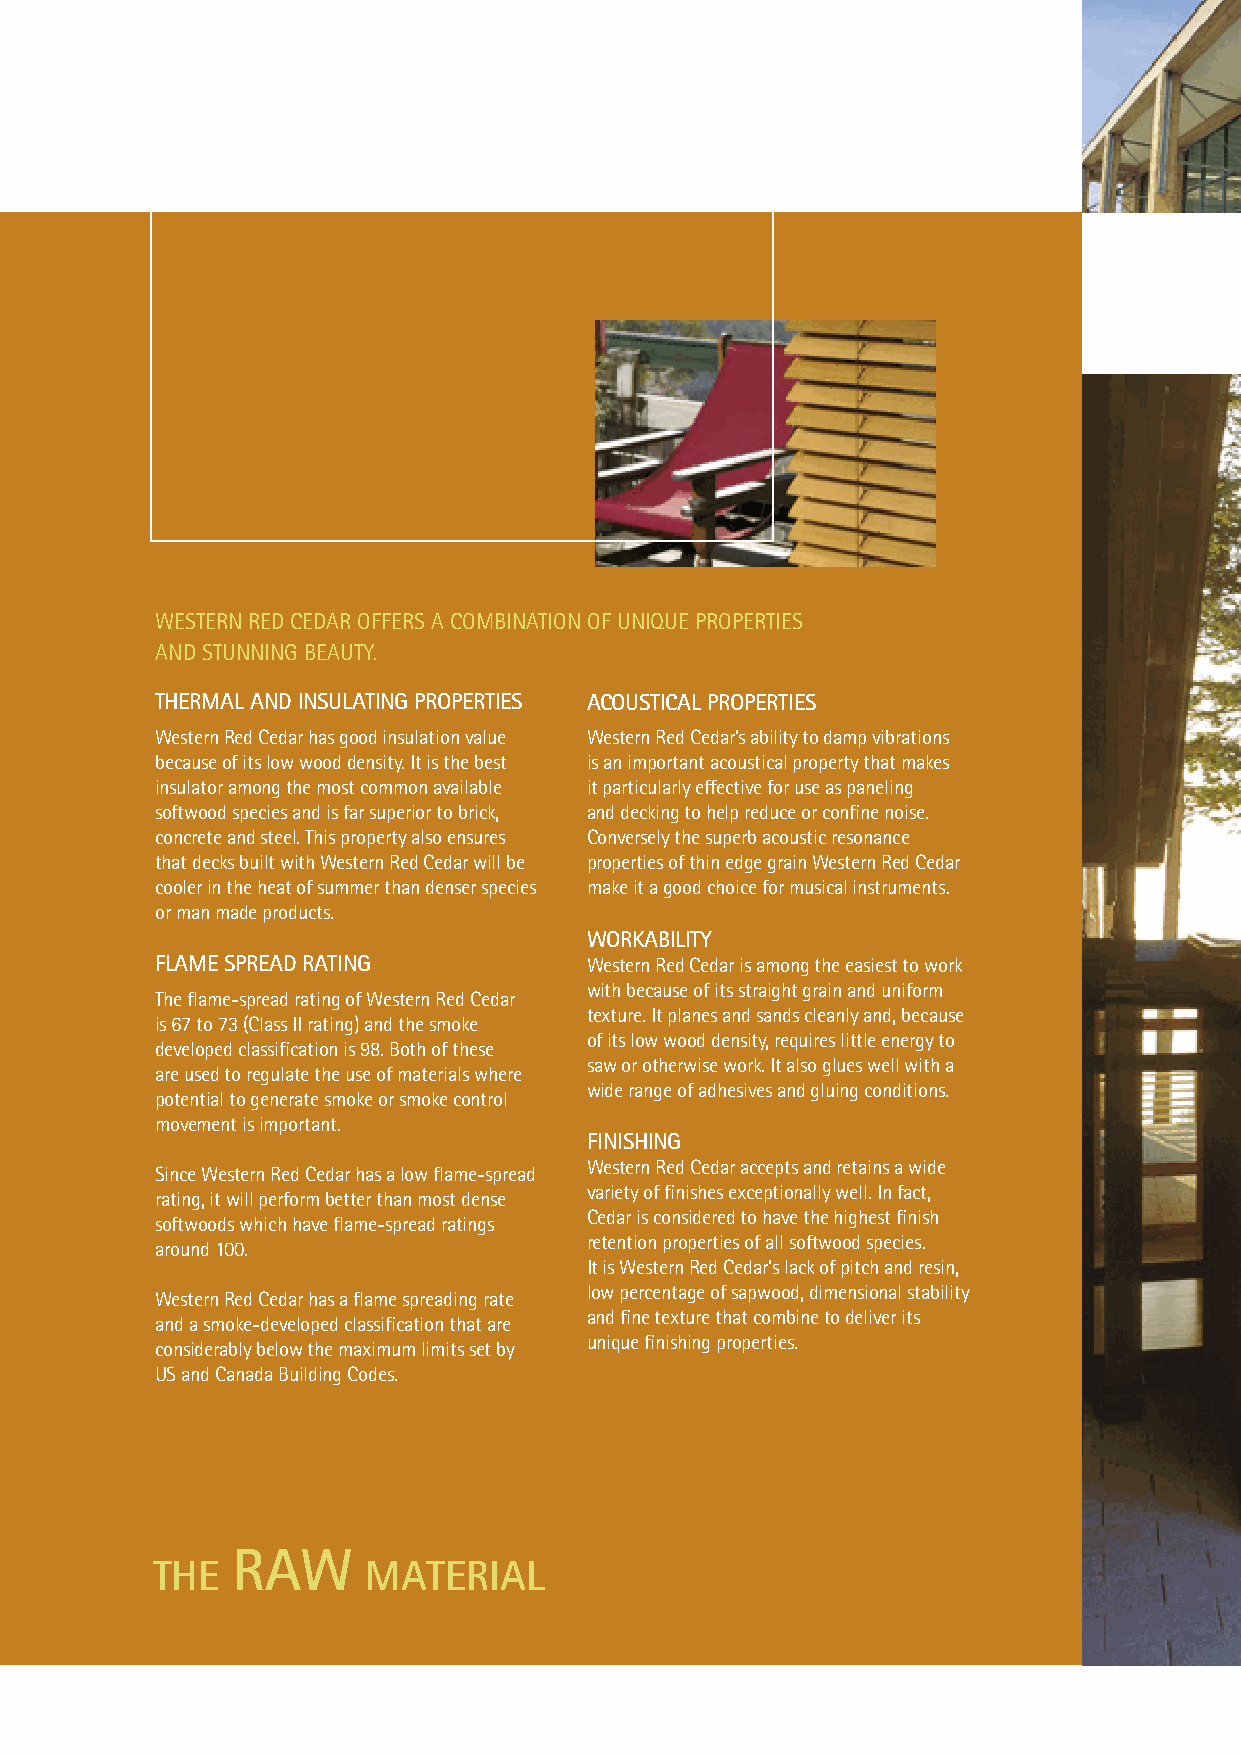
WESTERN RED CEDAR OFFERS A COMBINATION OF UNIQUE PROPERTIES
 AND STUNNING BEAUTY.
 THERMAL AND INSULATING PROPERTIES ACOUSTICAL PROPERTIES
 Western Red Cedar has good insulation value Western Red Cedar’s ability to damp vibrations
 because of its low wood density. It is the best is an important acoustical property that makes
 insulator among the most common available it particularly effective for use as paneling
 softwood species and is far superior to brick, and decking to help reduce or confine noise.
 concrete and steel. This property also ensures Conversely the superb acoustic resonance
 that decks built with Western Red Cedar will be properties of thin edge grain Western Red Cedar
 cooler in the heat of summer than denser species make it a good choice for musical instruments.
 or man made products.
 WORKABILITY
 FLAME SPREAD RATING          Western Red Cedar is among the easiest to work
 with because of its straight grain and uniform
 The flame-spread rating of Western Red Cedar
 texture. It planes and sands cleanly and, because
 is 67 to 73 (Class II rating) and the smoke
 of its low wood density, requires little energy to
 developed classification is 98. Both of these
 saw or otherwise work. It also glues well with a
 are used to regulate the use of materials where
 wide range of adhesives and gluing conditions.
 potential to generate smoke or smoke control
 movement is important.
 FINISHING
 Western Red Cedar accepts and retains a wide
 Since Western Red Cedar has a low flame-spread
 variety of finishes exceptionally well. In fact,
 rating, it will perform better than most dense
 Cedar is considered to have the highest finish
 softwoods which have flame-spread ratings
 retention properties of all softwood species.
 around 100.
 It is Western Red Cedar’s lack of pitch and resin,
 low percentage of sapwood, dimensional stability
 Western Red Cedar has a flame spreading rate
 and fine texture that combine to deliver its
 and a smoke-developed classification that are
 unique finishing properties.
 considerably below the maximum limits set by
 US and Canada Building Codes.
 RAW
 THE           MATERIAL